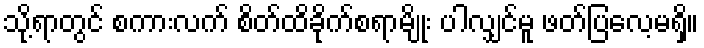
သို့ရာတွင် စကားလက် စိတ်ထိခိုက်စရာမျိုး ပါလျှင်မူ ဖတ်ပြလေ့မရှိ။